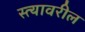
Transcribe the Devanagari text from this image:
स्त्यावरील